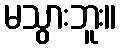
မသွားဘူး။